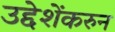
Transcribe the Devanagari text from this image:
उद्देशेंकरुन